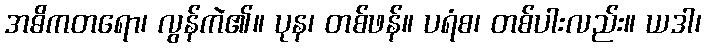
အဓိကတရော၊ လွန်ကဲ၏။ ပုန၊ တစ်ဖန်။ ပရံစ၊ တစ်ပါးလည်း။ ယဒါ၊